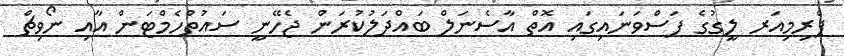
ޕްރިމިއަރ ލީގުގެ ފަސްވަނައިގައި އޮތް އާސެނަލް ބައްދަލުކުރަން ޖެހޭނީ ސައުތްހެމްޓަން އާއި ނޯވިޗް